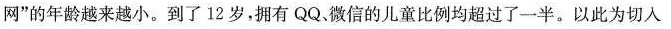
网”的年龄越来越小。到了12岁，拥有QQ。微信的儿童比例均超过了一半。以此为切入